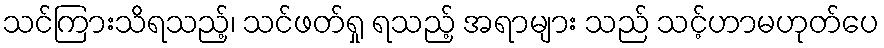
သင်ကြားသိရသည့်၊ သင်ဖတ်ရှု ရသည့် အရာများ သည် သင့်ဟာမဟုတ်ပေ